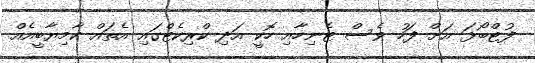
ފުޓްބޯޅަ އަށް ފަހު ވެސް ޓެނިހާއި ހޮކީ އަދި ކްރިކެޓްގައި އެތައް ކާމިޔާބީއެއް